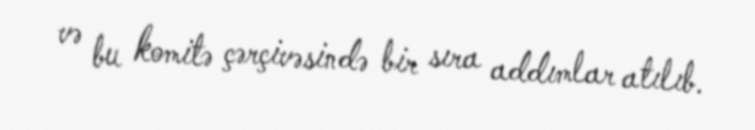
və bu komitə çərçivəsində bir sıra addımlar atılıb.